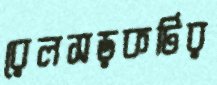
রেলসড়কটির